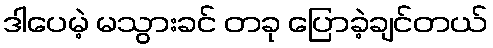
ဒါပေမဲ့ မသွားခင် တခု ပြောခဲ့ချင်တယ်